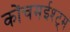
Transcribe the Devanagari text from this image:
कोंचमईश्ट्म